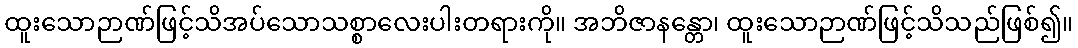
ထူးသောဉာဏ်ဖြင့်သိအပ်သောသစ္စာလေးပါးတရားကို။ အဘိဇာနန္တော၊ ထူးသောဉာဏ်ဖြင့်သိသည်ဖြစ်၍။